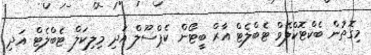
މިގޮތުން ބެކްޓޮކްލޭވް ޓެބްލެޓް އާރް ބީޓޯން ކެޕްސޫލް އަދި މިލިކަލް ޓެބްލެޓް އަދި